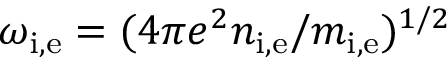
\omega _ { \mathrm { i , e } } = ( 4 \pi e ^ { 2 } n _ { \mathrm { i , e } } / m _ { \mathrm { i , e } } ) ^ { 1 / 2 }